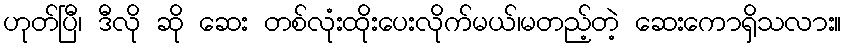
ဟုတ်ပြီ၊ ဒီလို ဆို ဆေး တစ်လုံးထိုးပေးလိုက်မယ်၊မတည့်တဲ့ ဆေးကောရှိသလား။